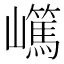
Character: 𡾬